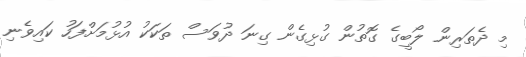
މި ދެތަރިން ލޯބީގެ ގޮތުން ގުޅިގެން ގިނަ ދުވަސް ތަކަކު އުޅުމަށްފަހު ކައިވެނި